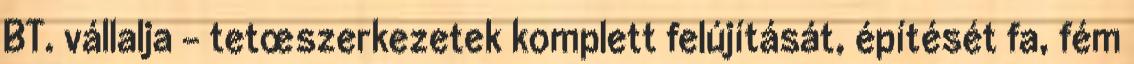
BT. vállalja - tetœszerkezetek komplett felújítását, építését fa, fém